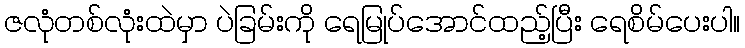
ဇလုံတစ်လုံးထဲမှာ ပဲခြမ်းကို ရေမြုပ်အောင်ထည့်ပြီး ရေစိမ်ပေးပါ။